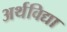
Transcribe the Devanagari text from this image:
अर्थविद्या